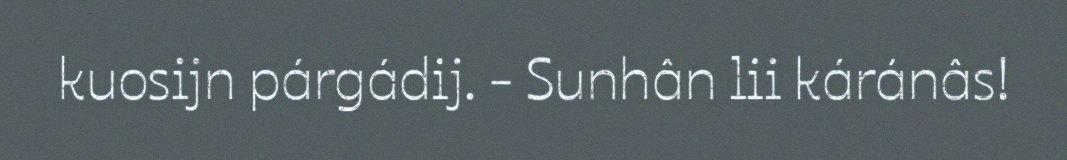
kuosijn párgádij. - Sunhân lii káránâs!